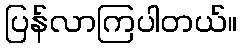
ပြန်လာကြပါတယ်။